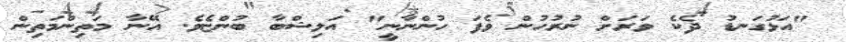
"އަޅުގަނޑު ދެކެ ވަރަށް ނުރުހުން ވެފަ ހުންނާނީ" އަލިޝްބާ ބުންޏެވެ. އޭނާ މަތިންމަތިން